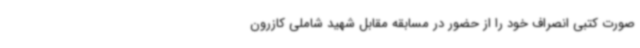
صورت کتبی انصراف خود را از حضور در مسابقه مقابل شهید شاملی کازرون